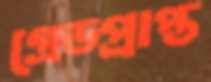
গ্রেডপ্রাপ্ত